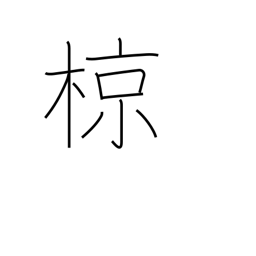
Meaning: grey starling